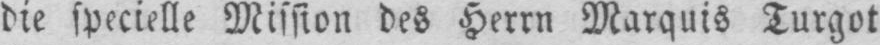
die specielle Mission des Herrn Marquis Turgot